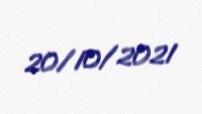
20/10/2021